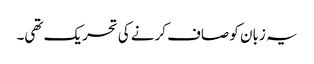
یہ زبان کو صاف کرنے کی تحریک تھی۔